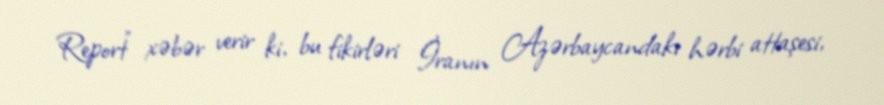
Report" xəbər verir ki, bu fikirləri İranın Azərbaycandakı hərbi attaşesi,